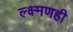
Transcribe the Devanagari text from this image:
ल्क्ष्मणही